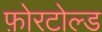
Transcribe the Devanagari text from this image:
फ़ोरटोल्ड